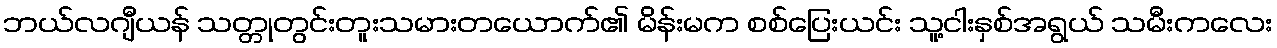
ဘယ်လဂျီယန် သတ္တုတွင်းတူးသမားတယောက်၏ မိန်းမက စစ်ပြေးယင်း သူ့ငါးနှစ်အရွယ် သမီးကလေး